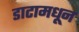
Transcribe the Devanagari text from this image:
डाटामधून